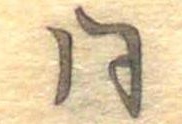
同